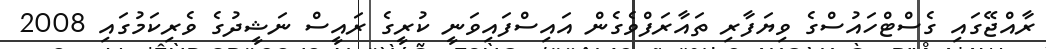
ރާއްޖޭގައި ގެސްޓްހައުސްގެ ވިޔަފާރި ތައާރަފްވެގެން އައިސްފައިވަނީ ކުރީގެ ރައީސް ނަޝީދުގެ ވެރިކަމުގައި 2008